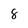
Character: 8